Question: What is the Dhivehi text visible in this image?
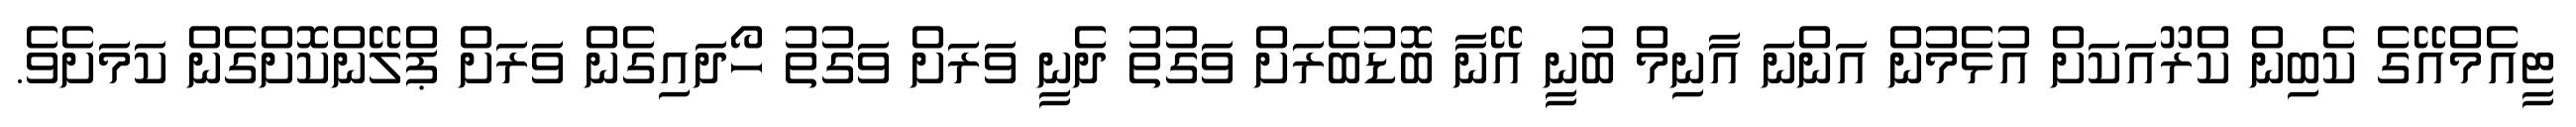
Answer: ޓީއެމްއޭގެ ކެބިން ކްރޫއަކަށް އުޅެމުން އަންނަ އާނިމް ބުނީ އޭނާ ބޮޑުބެރަށް ވަގުތު ދެނީ ވަރަށް ވަގުތު ހޯދައިގެން ވަރަށް ޕްލޭންކޮށްގެން ކަމަށެވެ.